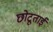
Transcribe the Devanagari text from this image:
छोटूताई